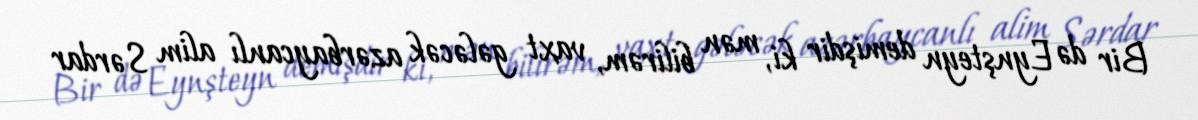
Bir də Eynşteyn demişdir ki, mən bilirəm, vaxt gələcək azərbaycanlı alim Sərdar